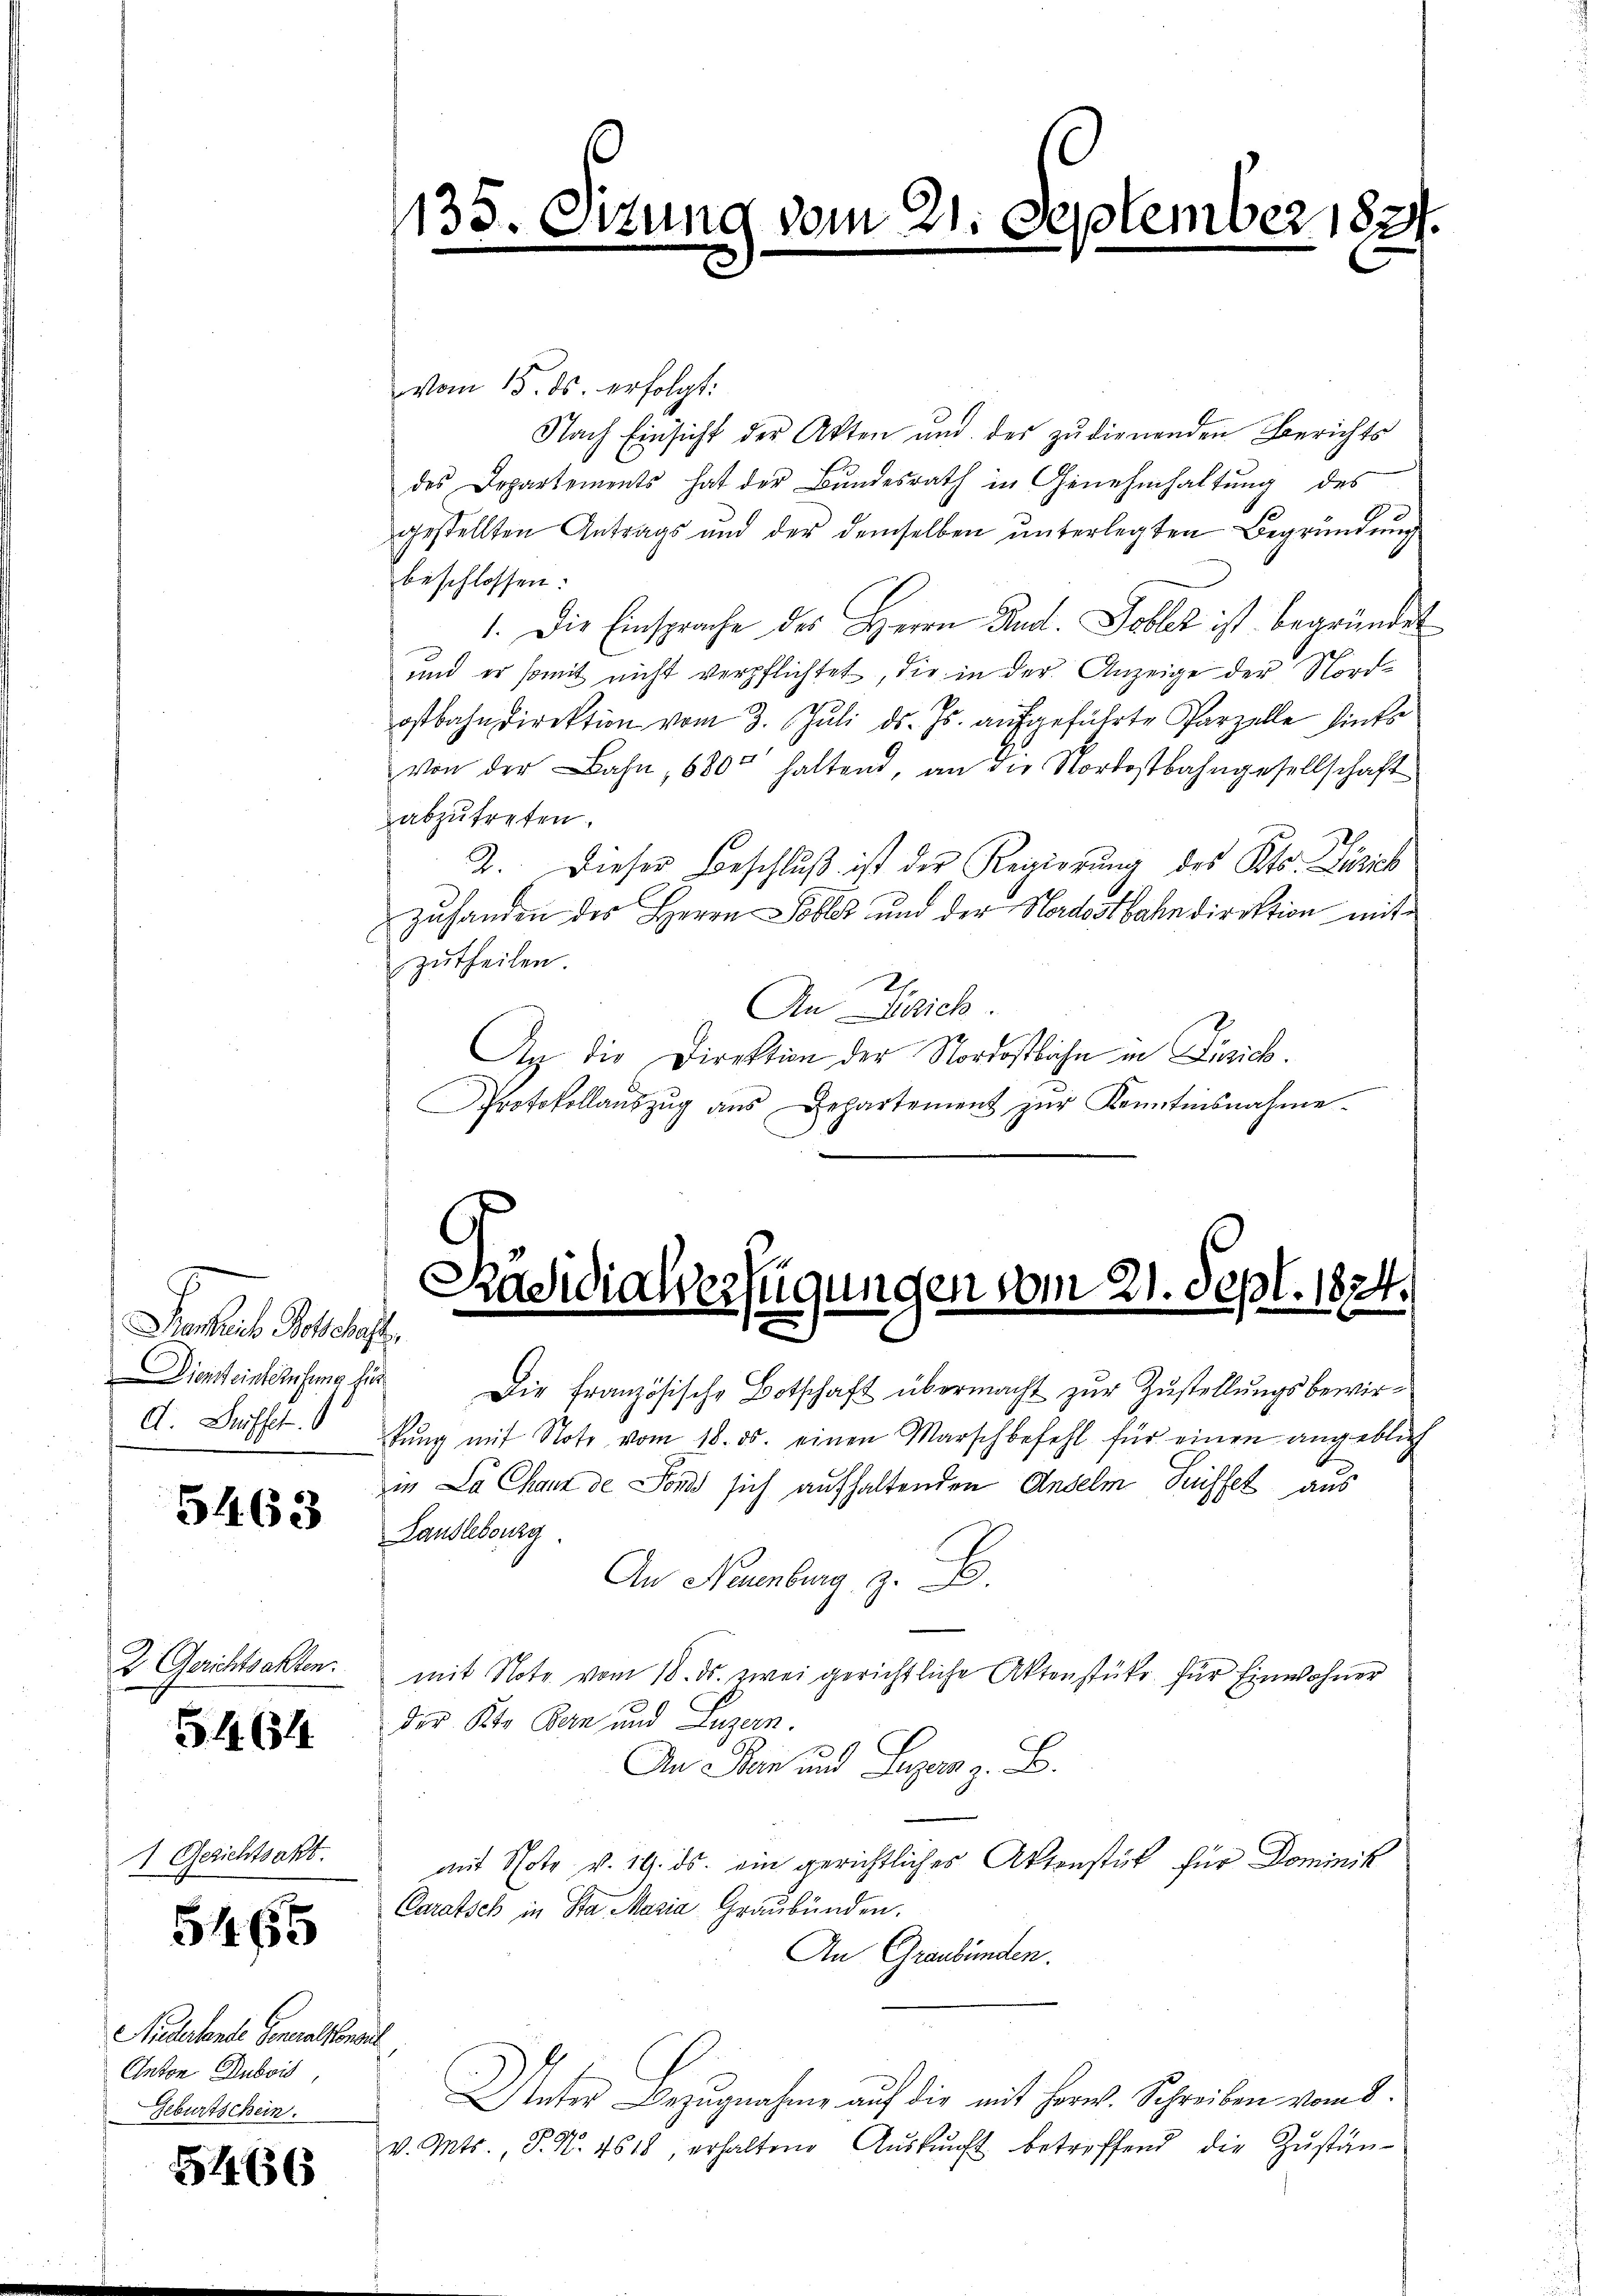
Peci Prof.
Diensteinberufung für
A. Grifft.

5463

2 Gerichtsakten.

51. 654.

1 Gerichtsakt

5465

Nidersende Generalkonsul
Anton Dubois,
Geburtschein.

5466

vom 15. ds. erfolgt:
Nach Einsicht der Akten und der zudienenden Berichts
des Departements hat der Bŭndesrath in Genehmhaltŭng des
gestellten Antrags und der demselben unterlegten Begründung
beschlossen:
1. Die Einsprache des Herrn Rud. Tobler ist begründet
und er somit nicht verpflichtet, die in der Anzeige der Nordostbahndirektion vom 3. Juli d. Js. aufgeführte Parzelle hinte
von der Bahn, 680 haltend, an die Nordostbahngesellschaft
abzutreten.
2. Dieser Beschlŭβ ist der Regierŭng des Kts. Zürich
zuhanden des Herrn Dobler und der Nordostbahndirektion mitzutheilen
An Zürich
An die Direktion der Nordostliche in Zürich.
Protokollaŭszŭg ans Departement zŭr Kenntnisnahme.

135. Sizung vom 21. September 1821
.

Radidialverfügungen vom 21. Sept. 1874.

Die französische Botschaft übermacht zur Zustellungsbewirkŭng mit Note vom 18. ds. einen Marschbefehl für einen angeblich
in La Chaux de Londo sich aufhaltenden Anselm Hüffel aus
Landlebourg.
An Neuenburg z. B.
mit Note vom 18. ds. zwei gerichtliche Aktenstüke für Einwohner
der Kt. Bern und Luzern.
An Stern und Luzern z. B.
mit Note v. 19. ds. ein gerichtliches Aktenstück für Dominik
Caratsch in Sta Maria Graubünden.
An Graubünden.
Unter Bezugnahme auf die mit Horn. Schreiben vom 8.
v. Mts., S. N. 4618, erhaltene Aŭskŭnft betreffend die Zŭstän-